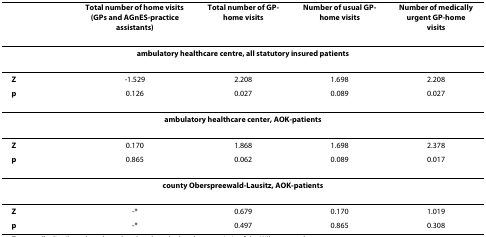
<table><thead><tr><td></td><td><b>Total number of home visits (GPs and AGnES-practice assistants)</b></td><td><b>Total number of GP-home visits</b></td><td><b>Number of usual GP-home visits</b></td><td><b>Number of medically urgent GP-home visits</b></td></tr></thead><tbody><tr><td colspan="5"><b>ambulatory healthcare centre, all statutory insured patients</b></td></tr><tr><td><b>Z</b></td><td>-1.529</td><td>2.208</td><td>1.698</td><td>2.208</td></tr><tr><td><b>p</b></td><td>0.126</td><td>0.027</td><td>0.089</td><td>0.027</td></tr><tr><td colspan="5"><b>ambulatory healthcare center, AOK-patients</b></td></tr><tr><td><b>Z</b></td><td>0.170</td><td>1.868</td><td>1.698</td><td>2.378</td></tr><tr><td><b>p</b></td><td>0.865</td><td>0.062</td><td>0.089</td><td>0.017</td></tr><tr><td colspan="5"><b>county Oberspreewald-Lausitz, AOK-patients</b></td></tr><tr><td><b>Z</b></td><td>-*</td><td>0.679</td><td>0.170</td><td>1.019</td></tr><tr><td><b>p</b></td><td>-*</td><td>0.497</td><td>0.865</td><td>0.308</td></tr></tbody></table>